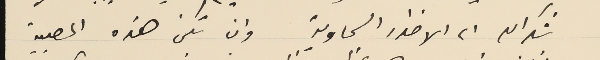
شكرالله الى الاخدار السماوية وان تكن هذه المصيبة